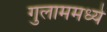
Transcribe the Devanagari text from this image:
गुलाममध्ये